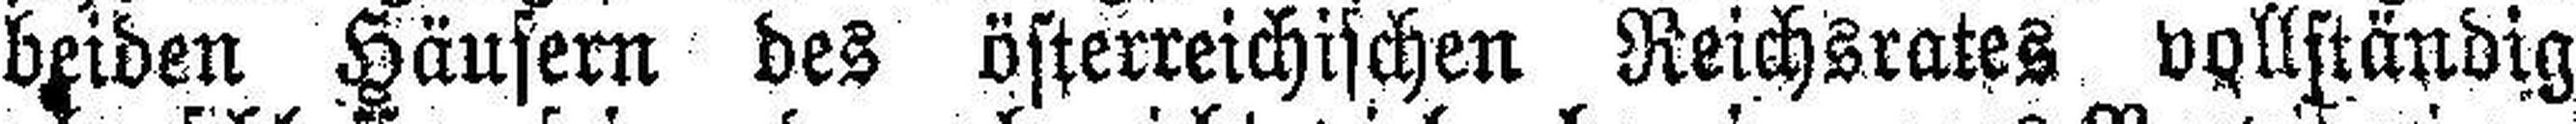
beiden Häusern des österreichischen Reichsrates vollständig